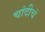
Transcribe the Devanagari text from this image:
चांदीचं